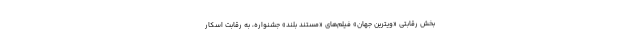
بخش رقابتی «ویترین جهان» فیلم‌های «مستند بلند» جشنواره، به رقابت اسکار